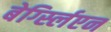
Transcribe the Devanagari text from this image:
बेर्ग्स्लिएन